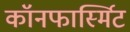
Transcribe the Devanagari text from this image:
कॉनफार्स्मिट